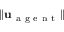
\| \mathbf { u } _ { \mathrm { ~ a ~ g ~ e ~ n ~ t ~ } } \|